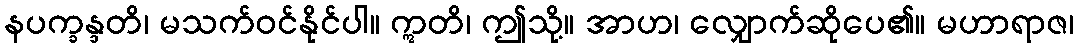
နပက္ခန္ဒတိ၊ မသက်ဝင်နိုင်ပါ။ ဣတိ၊ ဤသို့။ အာဟ၊ လျှောက်ဆိုပေ၏။ မဟာရာဇ၊